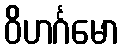
ဝိဟင်္ဂမော